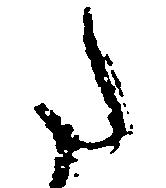
た